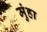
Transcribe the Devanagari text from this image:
मुंहा